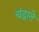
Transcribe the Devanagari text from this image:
चंद्राते